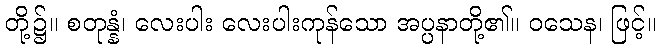
တို့၌။ စတုန္နံ၊ လေးပါး လေးပါးကုန်သော အပ္ပနာတို့၏။ ဝသေန၊ ဖြင့်။